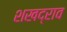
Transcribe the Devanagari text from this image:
शखद्राव